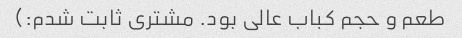
طعم و حجم کباب عالی بود. مشتری ثابت شدم:)